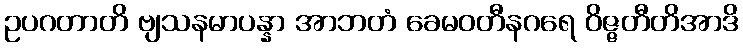
ဥပဂတာတိ ဗျသနမာပန္နာ အာဘတံ ခေမဝတီနဂရေ ဝိဇ္ဇတီတိအာဒိ